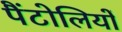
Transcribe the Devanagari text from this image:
पैंटोलियों